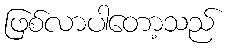
ဖြစ်လာပါတော့သည်